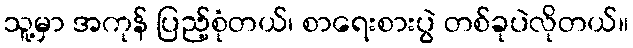
သူ့မှာ အကုန် ပြည့်စုံတယ်၊ စာရေးစားပွဲ တစ်ခုပဲလိုတယ်။